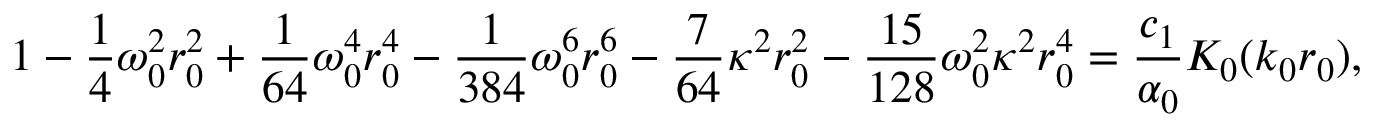
1 - \frac 1 4 \omega _ { 0 } ^ { 2 } r _ { 0 } ^ { 2 } + \frac { 1 } { 6 4 } \omega _ { 0 } ^ { 4 } r _ { 0 } ^ { 4 } - \frac { 1 } { 3 8 4 } \omega _ { 0 } ^ { 6 } r _ { 0 } ^ { 6 } - \frac { 7 } { 6 4 } \kappa ^ { 2 } r _ { 0 } ^ { 2 } - \frac { 1 5 } { 1 2 8 } \omega _ { 0 } ^ { 2 } \kappa ^ { 2 } r _ { 0 } ^ { 4 } = \frac { c _ { 1 } } { \alpha _ { 0 } } K _ { 0 } ( k _ { 0 } r _ { 0 } ) ,